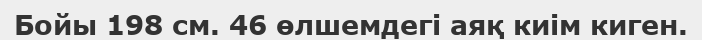
Бойы 198 см. 46 өлшемдегі аяқ киім киген.